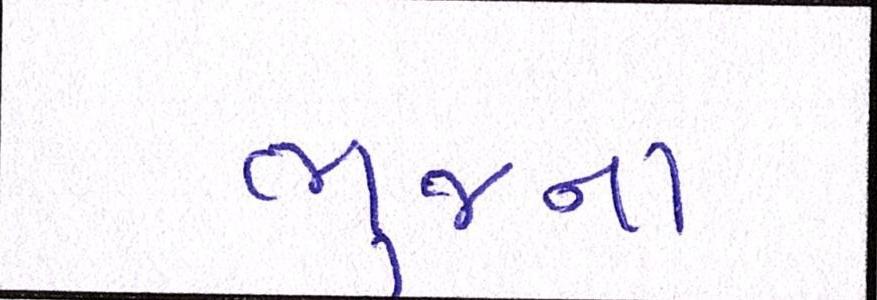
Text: ભુજના